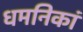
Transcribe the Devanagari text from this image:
धमनिकां